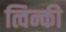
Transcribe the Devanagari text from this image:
त्विन्की